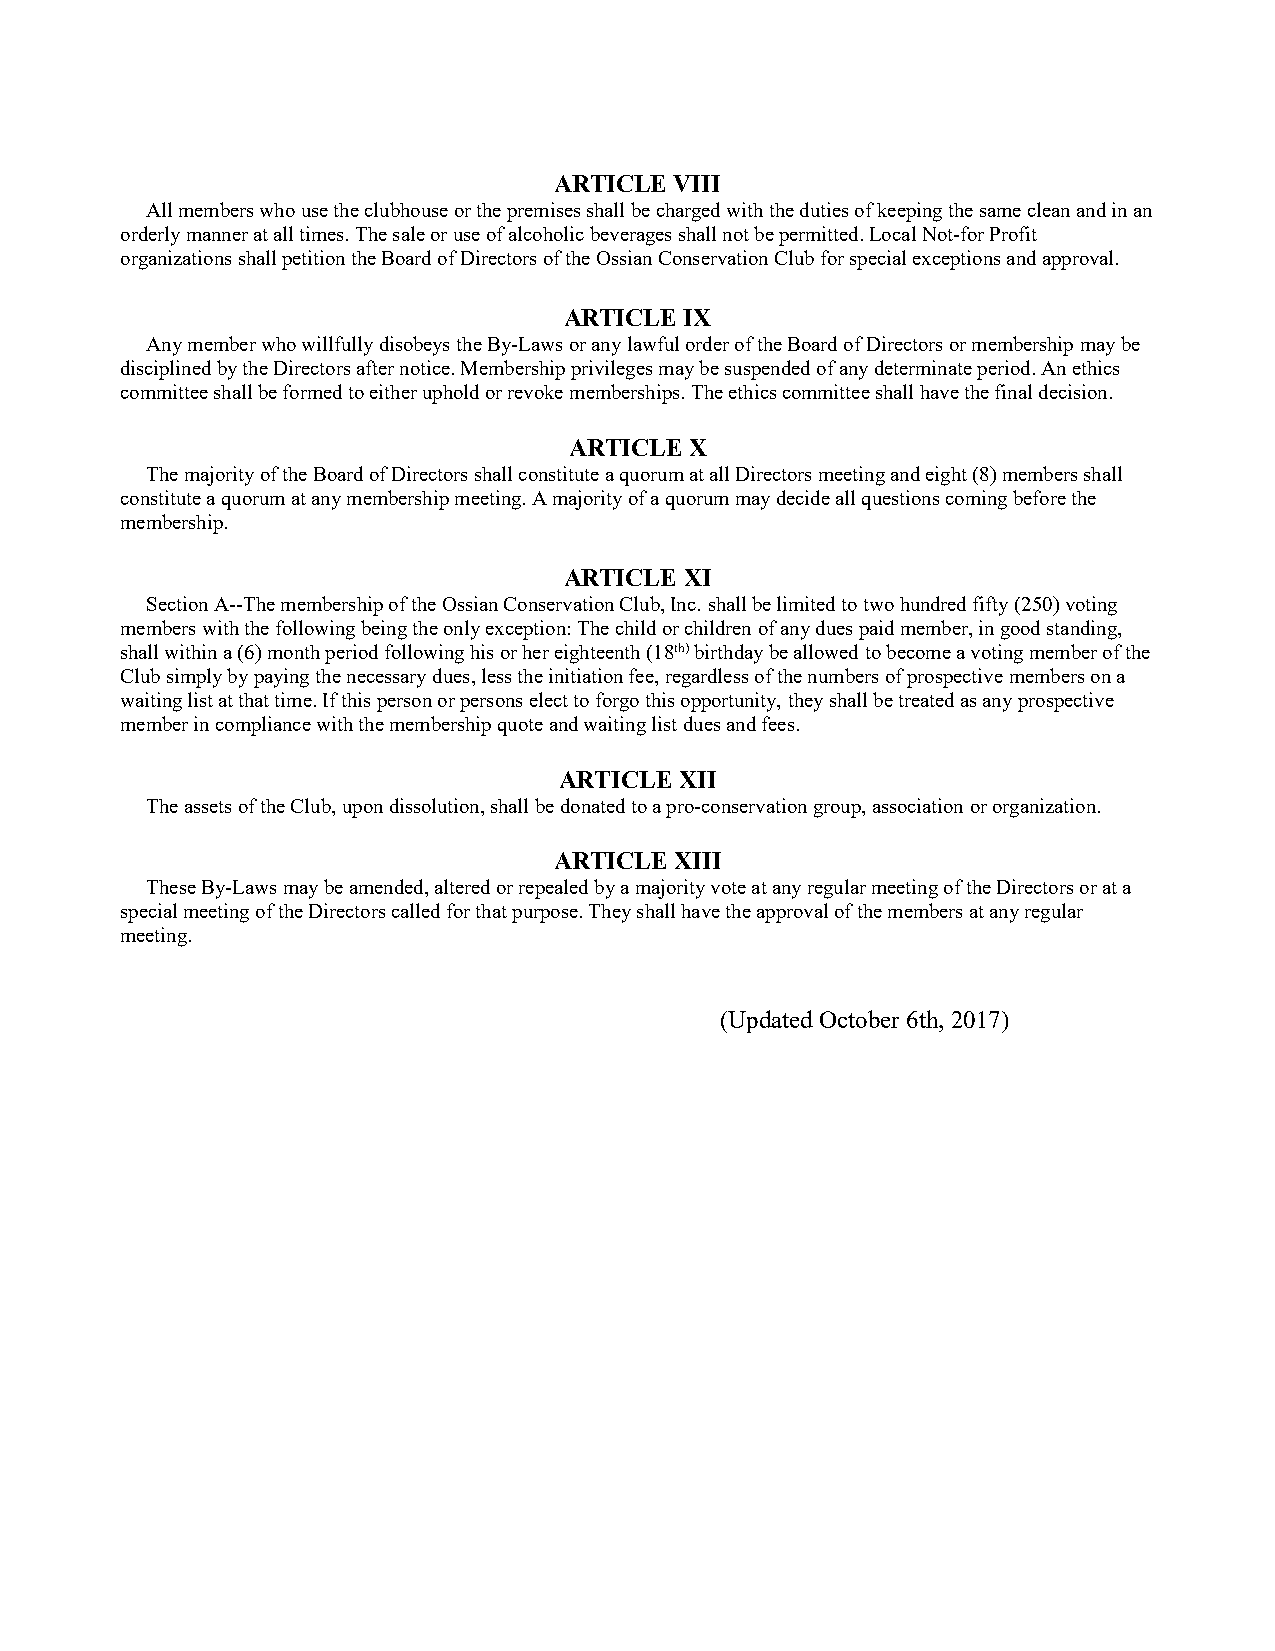
ARTICLE VIII
 All members who use the clubhouse or the premises shall be charged with the duties of keeping the same clean and in an
 orderly manner at all times. The sale or use of alcoholic beverages shall not be permitted. Local Not-for Profit
 organizations shall petition the Board of Directors of the Ossian Conservation Club for special exceptions and approval.
 ARTICLE IX
 Any member who willfully disobeys the By-Laws or any lawful order of the Board of Directors or membership may be
 disciplined by the Directors after notice. Membership privileges may be suspended of any determinate period. An ethics
 committee shall be formed to either uphold or revoke memberships. The ethics committee shall have the final decision.
 ARTICLE X
 The majority of the Board of Directors shall constitute a quorum at all Directors meeting and eight (8) members shall
 constitute a quorum at any membership meeting. A majority of a quorum may decide all questions coming before the
 membership.
 ARTICLE XI
 Section A--The membership of the Ossian Conservation Club, Inc. shall be limited to two hundred fifty (250) voting
 members with the following being the only exception: The child or children of any dues paid member, in good standing,
 shall within a (6) month period following his or her eighteenth (18th) birthday be allowed to become a voting member of the
 Club simply by paying the necessary dues, less the initiation fee, regardless of the numbers of prospective members on a
 waiting list at that time. If this person or persons elect to forgo this opportunity, they shall be treated as any prospective
 member in compliance with the membership quote and waiting list dues and fees.
 ARTICLE XII
 The assets of the Club, upon dissolution, shall be donated to a pro-conservation group, association or organization.
 ARTICLE XIII
 These By-Laws may be amended, altered or repealed by a majority vote at any regular meeting of the Directors or at a
 special meeting of the Directors called for that purpose. They shall have the approval of the members at any regular
 meeting.
 (Updated October 6th, 2017)